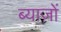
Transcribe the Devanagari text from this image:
ब्याज़ों